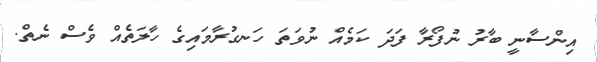
އިންސާނީ ބާރު ނުފޯރާ ފަދަ ކަމެއް ނުވަތަ ހަނގުރާމައިގެ ހާލަތެއް ވެސް ނެތް.